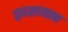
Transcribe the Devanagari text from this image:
द्वादशायतन